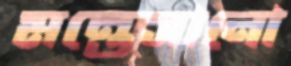
মন্তেসানো